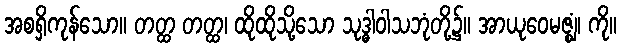
အစရှိကုန်သော။ တတ္ထ တတ္ထ၊ ထိုထိုသို့သော သုဒ္ဓါဝါသဘုံတို့၌။ အာယုဝေမဇ္ဈံ၊ ကို။